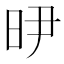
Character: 𭥞